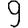
Digit: 9